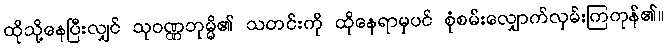
ထိုသို့နေပြီးလျှင် သုဝဏ္ဏဘုမ္မိ၏ သတင်းကို ထိုနေရာမှပင် စုံစမ်းလျှောက်လှမ်းကြကုန်၏။